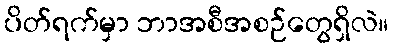
ပိတ်ရက်မှာ ဘာအစီအစဉ်တွေရှိလဲ။